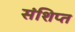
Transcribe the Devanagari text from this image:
संशिप्त